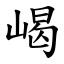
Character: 嵑